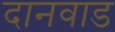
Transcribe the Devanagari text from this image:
दानवाड